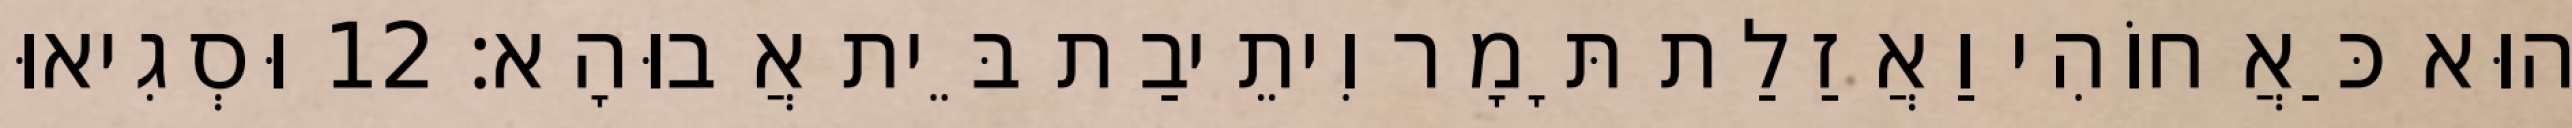
הוּא כַּאֲחוֹהִי וַאֲזַלַת תָּמָר וִיתֵיבַת בֵּית אֲבוּהָא׃ 12 וּסְגִיאוּ